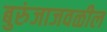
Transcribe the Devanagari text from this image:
बुरुंजाजवळील